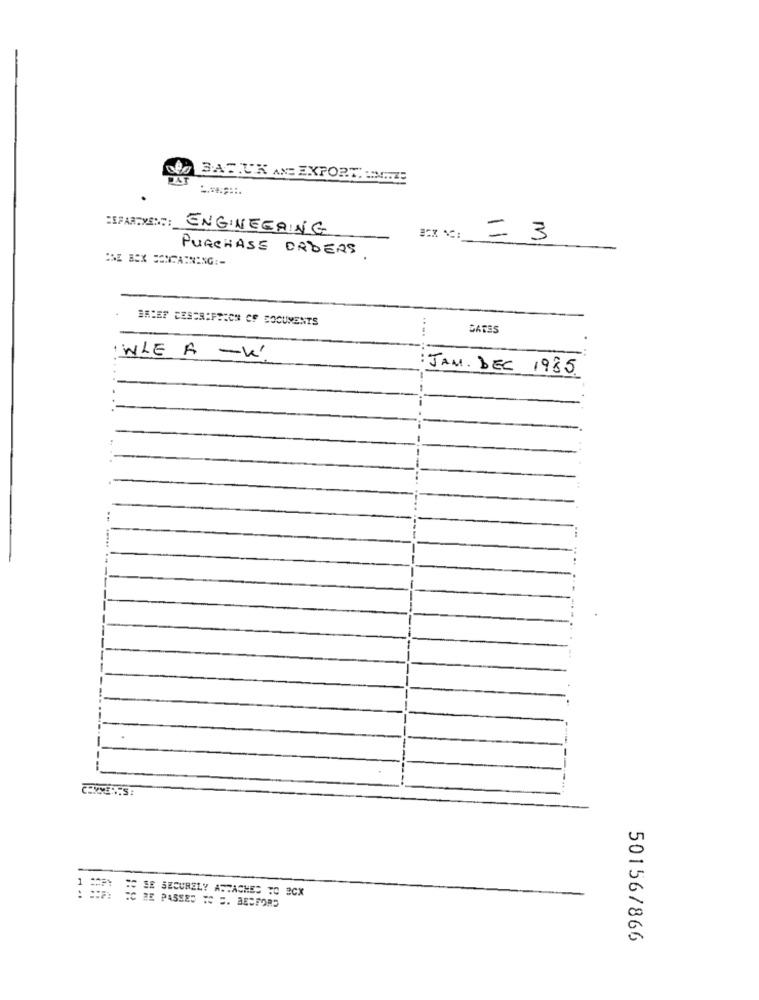
NO BATIK ANE EXPORT UNGE
HIPARTYE ::: ENGINEERING
= 3
PURCHASE ORDERS
BRIEF DESCRIPTION OF DOCUMENTS
.. ..
GATES
WLE A -W
JAM. DEC 1985.
COMME ... S:
# SE SECURELY ATTACHED TO BCX
EC RE PASSED TO ". BEDFORD
50156/866